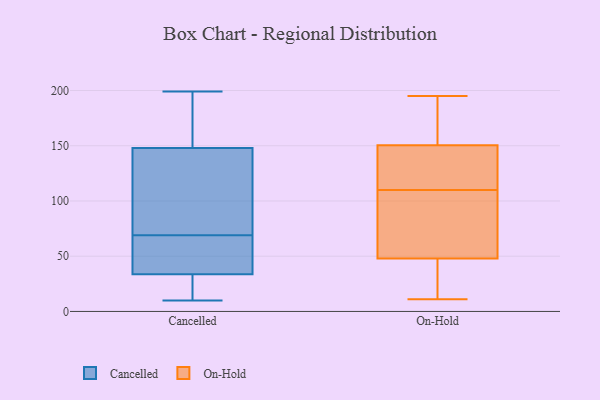
{"axis": {"x": "Production Output", "y": "Value"}, "legend": ["Cancelled", "On-Hold"], "data": [{"x": "", "y": 46, "type": "Cancelled"}, {"x": "", "y": 69, "type": "Cancelled"}, {"x": "", "y": 142, "type": "Cancelled"}, {"x": "", "y": 27, "type": "Cancelled"}, {"x": "", "y": 117, "type": "Cancelled"}, {"x": "", "y": 192, "type": "Cancelled"}, {"x": "", "y": 53, "type": "Cancelled"}, {"x": "", "y": 48, "type": "Cancelled"}, {"x": "", "y": 183, "type": "Cancelled"}, {"x": "", "y": 157, "type": "Cancelled"}, {"x": "", "y": 31, "type": "Cancelled"}, {"x": "", "y": 15, "type": "Cancelled"}, {"x": "", "y": 42, "type": "Cancelled"}, {"x": "", "y": 124, "type": "Cancelled"}, {"x": "", "y": 12, "type": "Cancelled"}, {"x": "", "y": 150, "type": "Cancelled"}, {"x": "", "y": 73, "type": "Cancelled"}, {"x": "", "y": 199, "type": "Cancelled"}, {"x": "", "y": 10, "type": "Cancelled"}, {"x": "", "y": 72, "type": "On-Hold"}, {"x": "", "y": 35, "type": "On-Hold"}, {"x": "", "y": 105, "type": "On-Hold"}, {"x": "", "y": 11, "type": "On-Hold"}, {"x": "", "y": 162, "type": "On-Hold"}, {"x": "", "y": 110, "type": "On-Hold"}, {"x": "", "y": 195, "type": "On-Hold"}, {"x": "", "y": 158, "type": "On-Hold"}, {"x": "", "y": 42, "type": "On-Hold"}, {"x": "", "y": 159, "type": "On-Hold"}, {"x": "", "y": 148, "type": "On-Hold"}, {"x": "", "y": 101, "type": "On-Hold"}, {"x": "", "y": 25, "type": "On-Hold"}, {"x": "", "y": 50, "type": "On-Hold"}, {"x": "", "y": 143, "type": "On-Hold"}, {"x": "", "y": 141, "type": "On-Hold"}, {"x": "", "y": 145, "type": "On-Hold"}]}